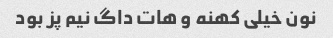
نون خیلی کهنه و هات داگ نیم پز بود